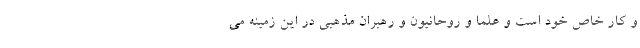
و کارِ خاص خود است و علما و روحانیون و رهبران مذهبی در این زمینه می